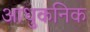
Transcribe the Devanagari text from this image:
आधुकनिक